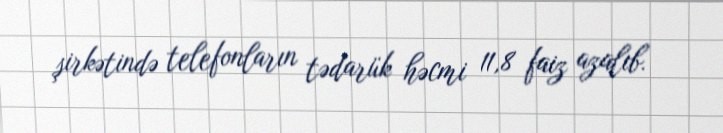
şirkətində telefonların tədarük həcmi 11,8 faiz azalıb.